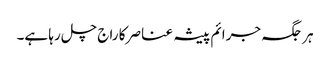
ہر جگہ جرائم پیشہ عناصر کا راج چل رہا ہے۔